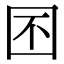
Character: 囨